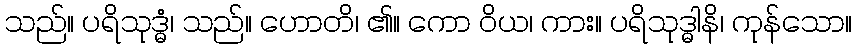
သည်။ ပရိသုဒ္ဓံ၊ သည်။ ဟောတိ၊ ၏။ ကော ဝိယ၊ ကား။ ပရိသုဒ္ဓါနိ၊ ကုန်သော။